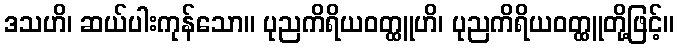
ဒသဟိ၊ ဆယ်ပါးကုန်သော။ ပုညကိရိယဝတ္ထူဟိ၊ ပုညကိရိယဝတ္ထူတို့ဖြင့်။